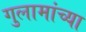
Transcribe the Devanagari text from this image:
गुलामांच्या